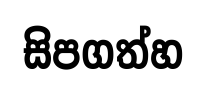
සිපගත්හ